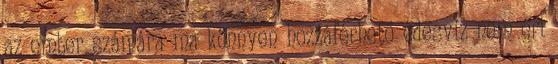
az ember számára ma könnyen hozzáférhető édesvíz nem éri